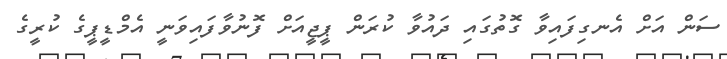
ސަން އަށް އެނގިފައިވާ ގޮތުގައި ދައުވާ ކުރަން ޕީޖީއަށް ފޮނުވާފައިވަނީ އެމްޑީޕީގެ ކުރީގެ